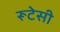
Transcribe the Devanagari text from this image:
रूटेसी